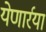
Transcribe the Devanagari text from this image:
येणार्रया